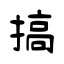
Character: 搞